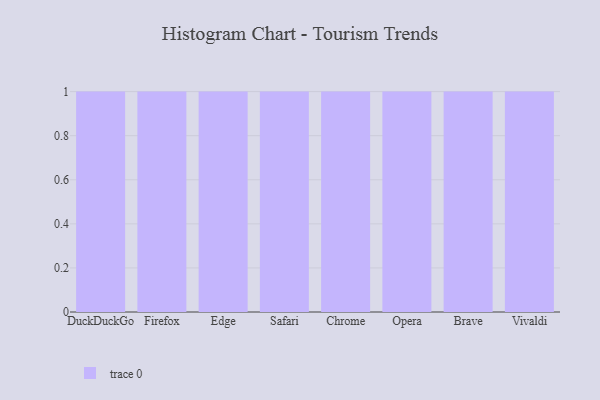
{"axis": {"x": "Browser", "y": "Active Users"}, "legend": [""], "data": [{"x": "DuckDuckGo", "y": 5, "type": ""}, {"x": "Firefox", "y": 69, "type": ""}, {"x": "Edge", "y": 75, "type": ""}, {"x": "Safari", "y": 86, "type": ""}, {"x": "Chrome", "y": 27, "type": ""}, {"x": "Opera", "y": 49, "type": ""}, {"x": "Brave", "y": 87, "type": ""}, {"x": "Vivaldi", "y": 80, "type": ""}]}